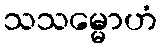
သသမ္မောဟံ